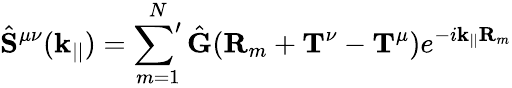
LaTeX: \hat{\mathbf{S}}^{\mu\nu}(\mathbf{k}_{||})=\sideset{}{'}\sum_{m=1}^{N}\hat{\mathbf{G}}(\mathbf{R}_{m}+\mathbf{T}^{\nu}-\mathbf{T}^{\mu})e^{-i\mathbf{k}_{||}\mathbf{R}_{m}}